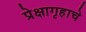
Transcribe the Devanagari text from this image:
प्रेक्षागृहाचे